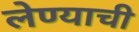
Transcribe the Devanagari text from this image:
लेण्याची